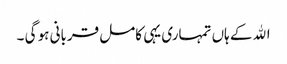
اﷲ کے ہاں تمہاری یہی کامل قربانی ہو گی ۔